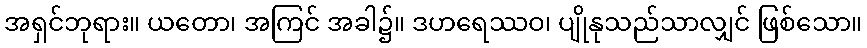
အရှင်ဘုရား။ ယတော၊ အကြင် အခါ၌။ ဒဟရေဿဝ၊ ပျိုနုသည်သာလျှင် ဖြစ်သော။